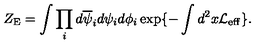
Z _ { \mathrm { E } } = \int \prod _ { i } d \overline { { \psi } } _ { i } d \psi _ { i } d \phi _ { i } \exp \{ - \int d ^ { 2 } x { \cal L } _ { \mathrm { e f f } } \} .